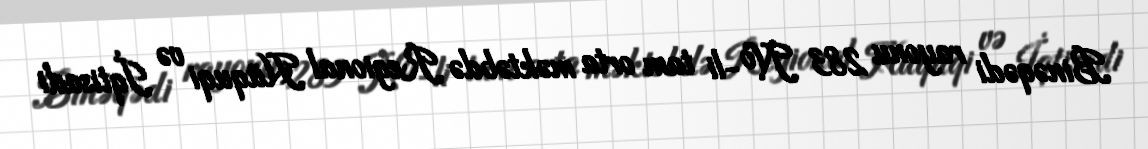
Binəqədi rayonu 283 №-li tam orta məktəbdə Regional Hüquqi və İqtisadi